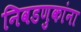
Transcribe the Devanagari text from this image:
निवडणुकांना